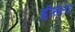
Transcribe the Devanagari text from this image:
ह्वीसलर